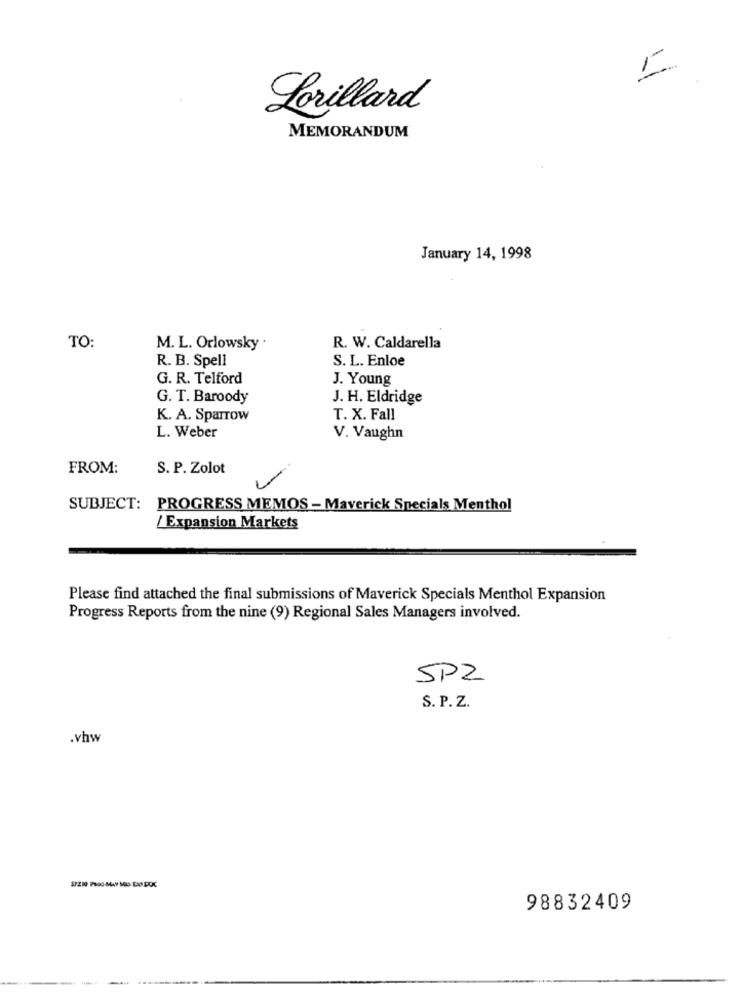
Lorillard
MEMORANDUM
January 14, 1998
TO:
M. L. Orlowsky
R. W. Caldarella
R. B. Spell
S. L. Enloe
G. R. Telford
J. Young
G. T. Baroody
J. H. Eldridge
K. A. Sparrow
T. X. Fall
L. Weber
V. Vaughn
FROM:
S. P. Zolot
SUBJECT: PROGRESS MEMOS - Maverick Specials Menthol
/ Expansion Markets
Please find attached the final submissions of Maverick Specials Menthol Expansion
Progress Reports from the nine (9) Regional Sales Managers involved.
SPZ
S. P. Z.
.vhw
98832409